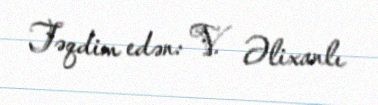
Təqdim edən: V. Əlixanlı